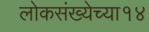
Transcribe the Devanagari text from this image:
लोकसंख्येच्या१४